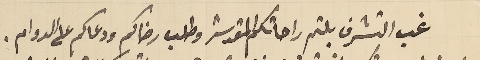
غب التشرف بلثم راحاتكم المقدسة وطلب رضاكم ودعاكم على الدوام.